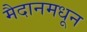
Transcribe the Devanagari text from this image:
मैदानमधून